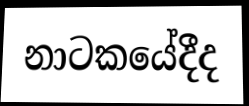
නාටකයේදීද